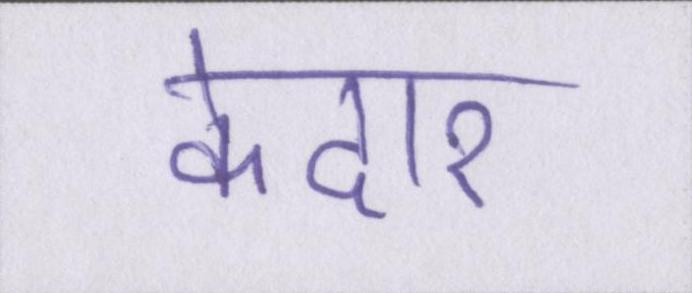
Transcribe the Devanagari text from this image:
केदार